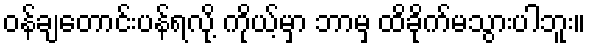
ဝန်ချတောင်းပန်ရလို့ ကိုယ့်မှာ ဘာမှ ထိခိုက်မသွားပါဘူး။